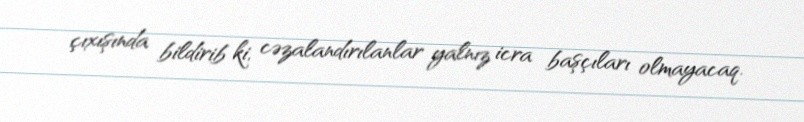
çıxışında bildirib ki, cəzalandırılanlar yalnız icra başçıları olmayacaq.